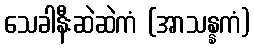
သေခါနီးဆဲဆဲကံ (အာသန္နကံ)